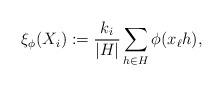
LaTeX: \begin{align*}\xi_\phi(X_i) := \frac{k_i}{|H|} \sum_{h\in H} \phi(x_\ell h),\end{align*}